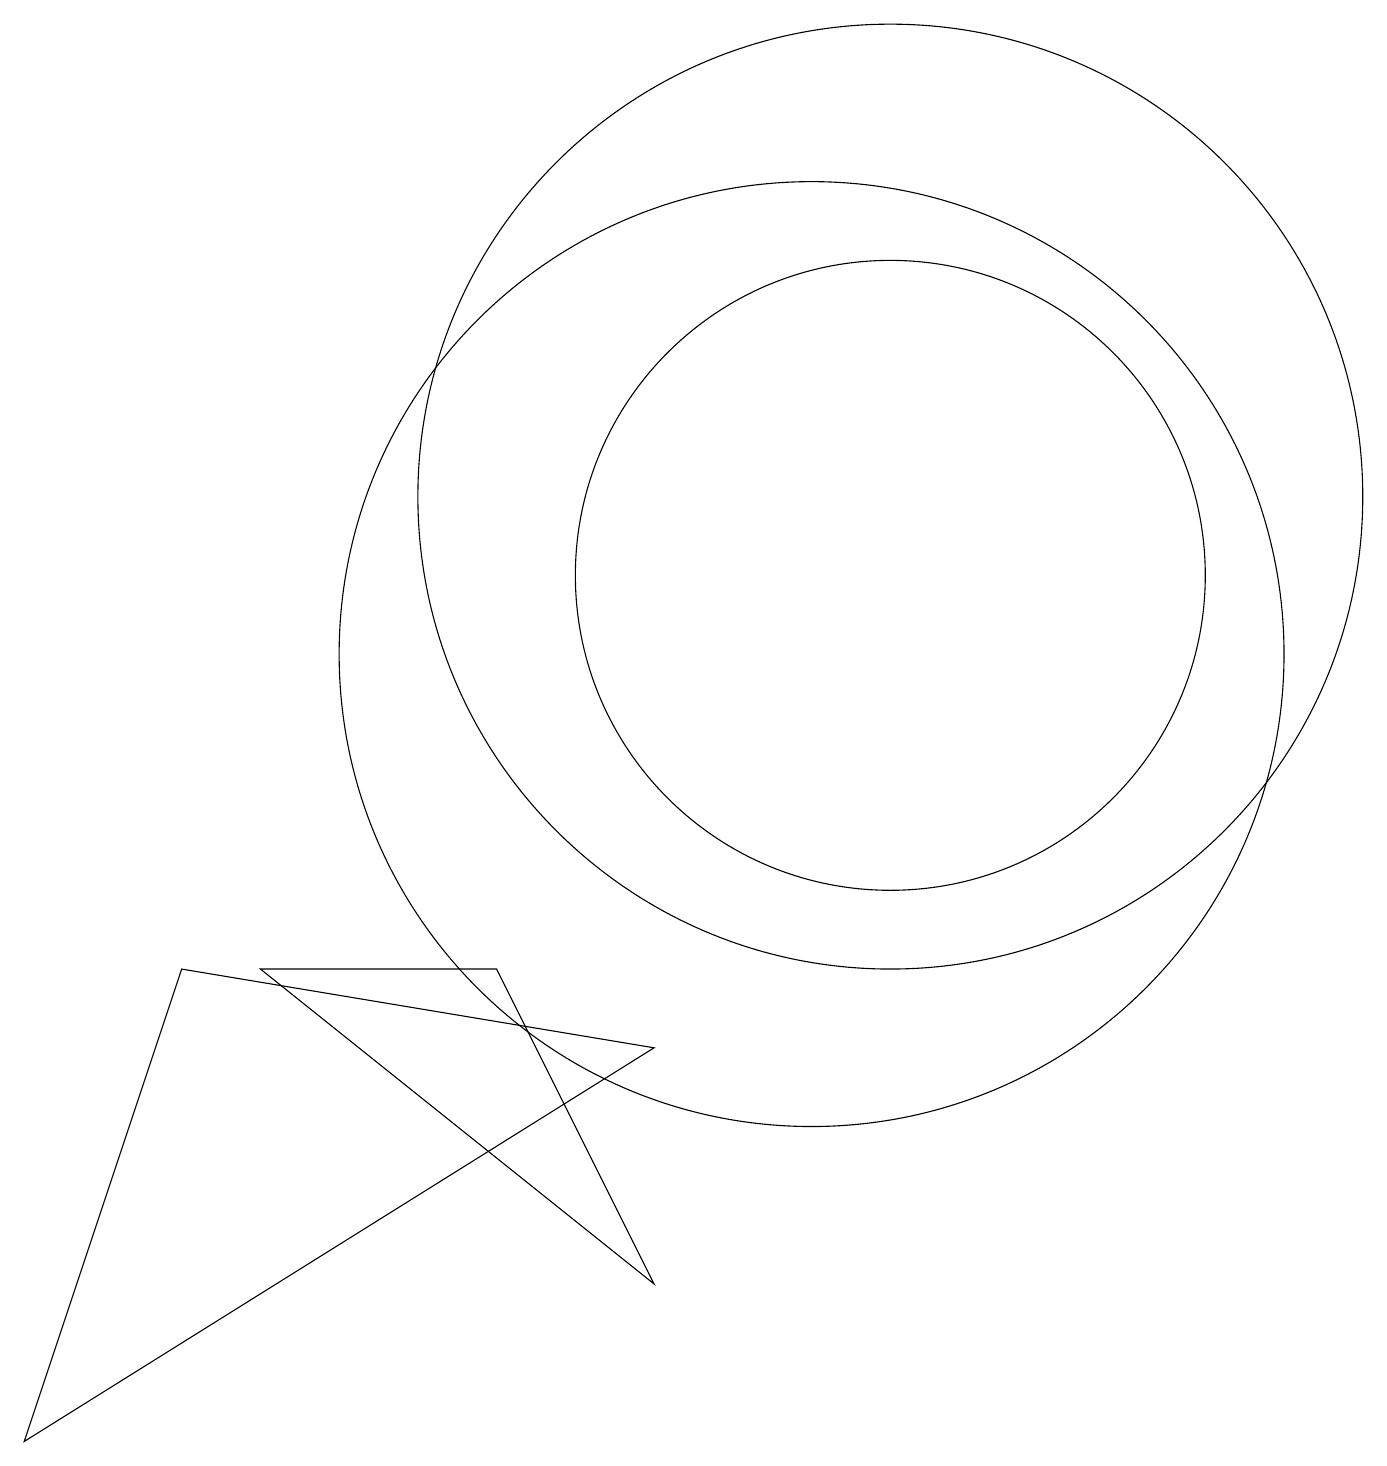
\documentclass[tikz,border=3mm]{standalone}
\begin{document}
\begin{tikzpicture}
\draw (10,10) circle (6);
\draw (11,11) circle (4);
\draw (8,5) -- (0,0) -- (2,6) -- cycle;
\draw (3,6) -- (6,6) -- (8,2) -- cycle;
\draw (11,12) circle (6);
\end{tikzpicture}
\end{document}